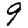
Digit: 9